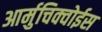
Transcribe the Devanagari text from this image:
आर्मुचिक्वोईस